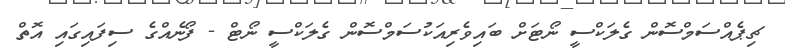
ޗިޕެއްސަމްސޮން ގެލަކްސީ ނޯޓަށް ބައިވެރިއަކުސަމްސޮން ގެލަކްސީ ނޯޓް - ފޯނެއްގެ ސިފައިގައި އޮތް